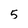
Character: 5